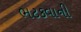
ભટકવાની